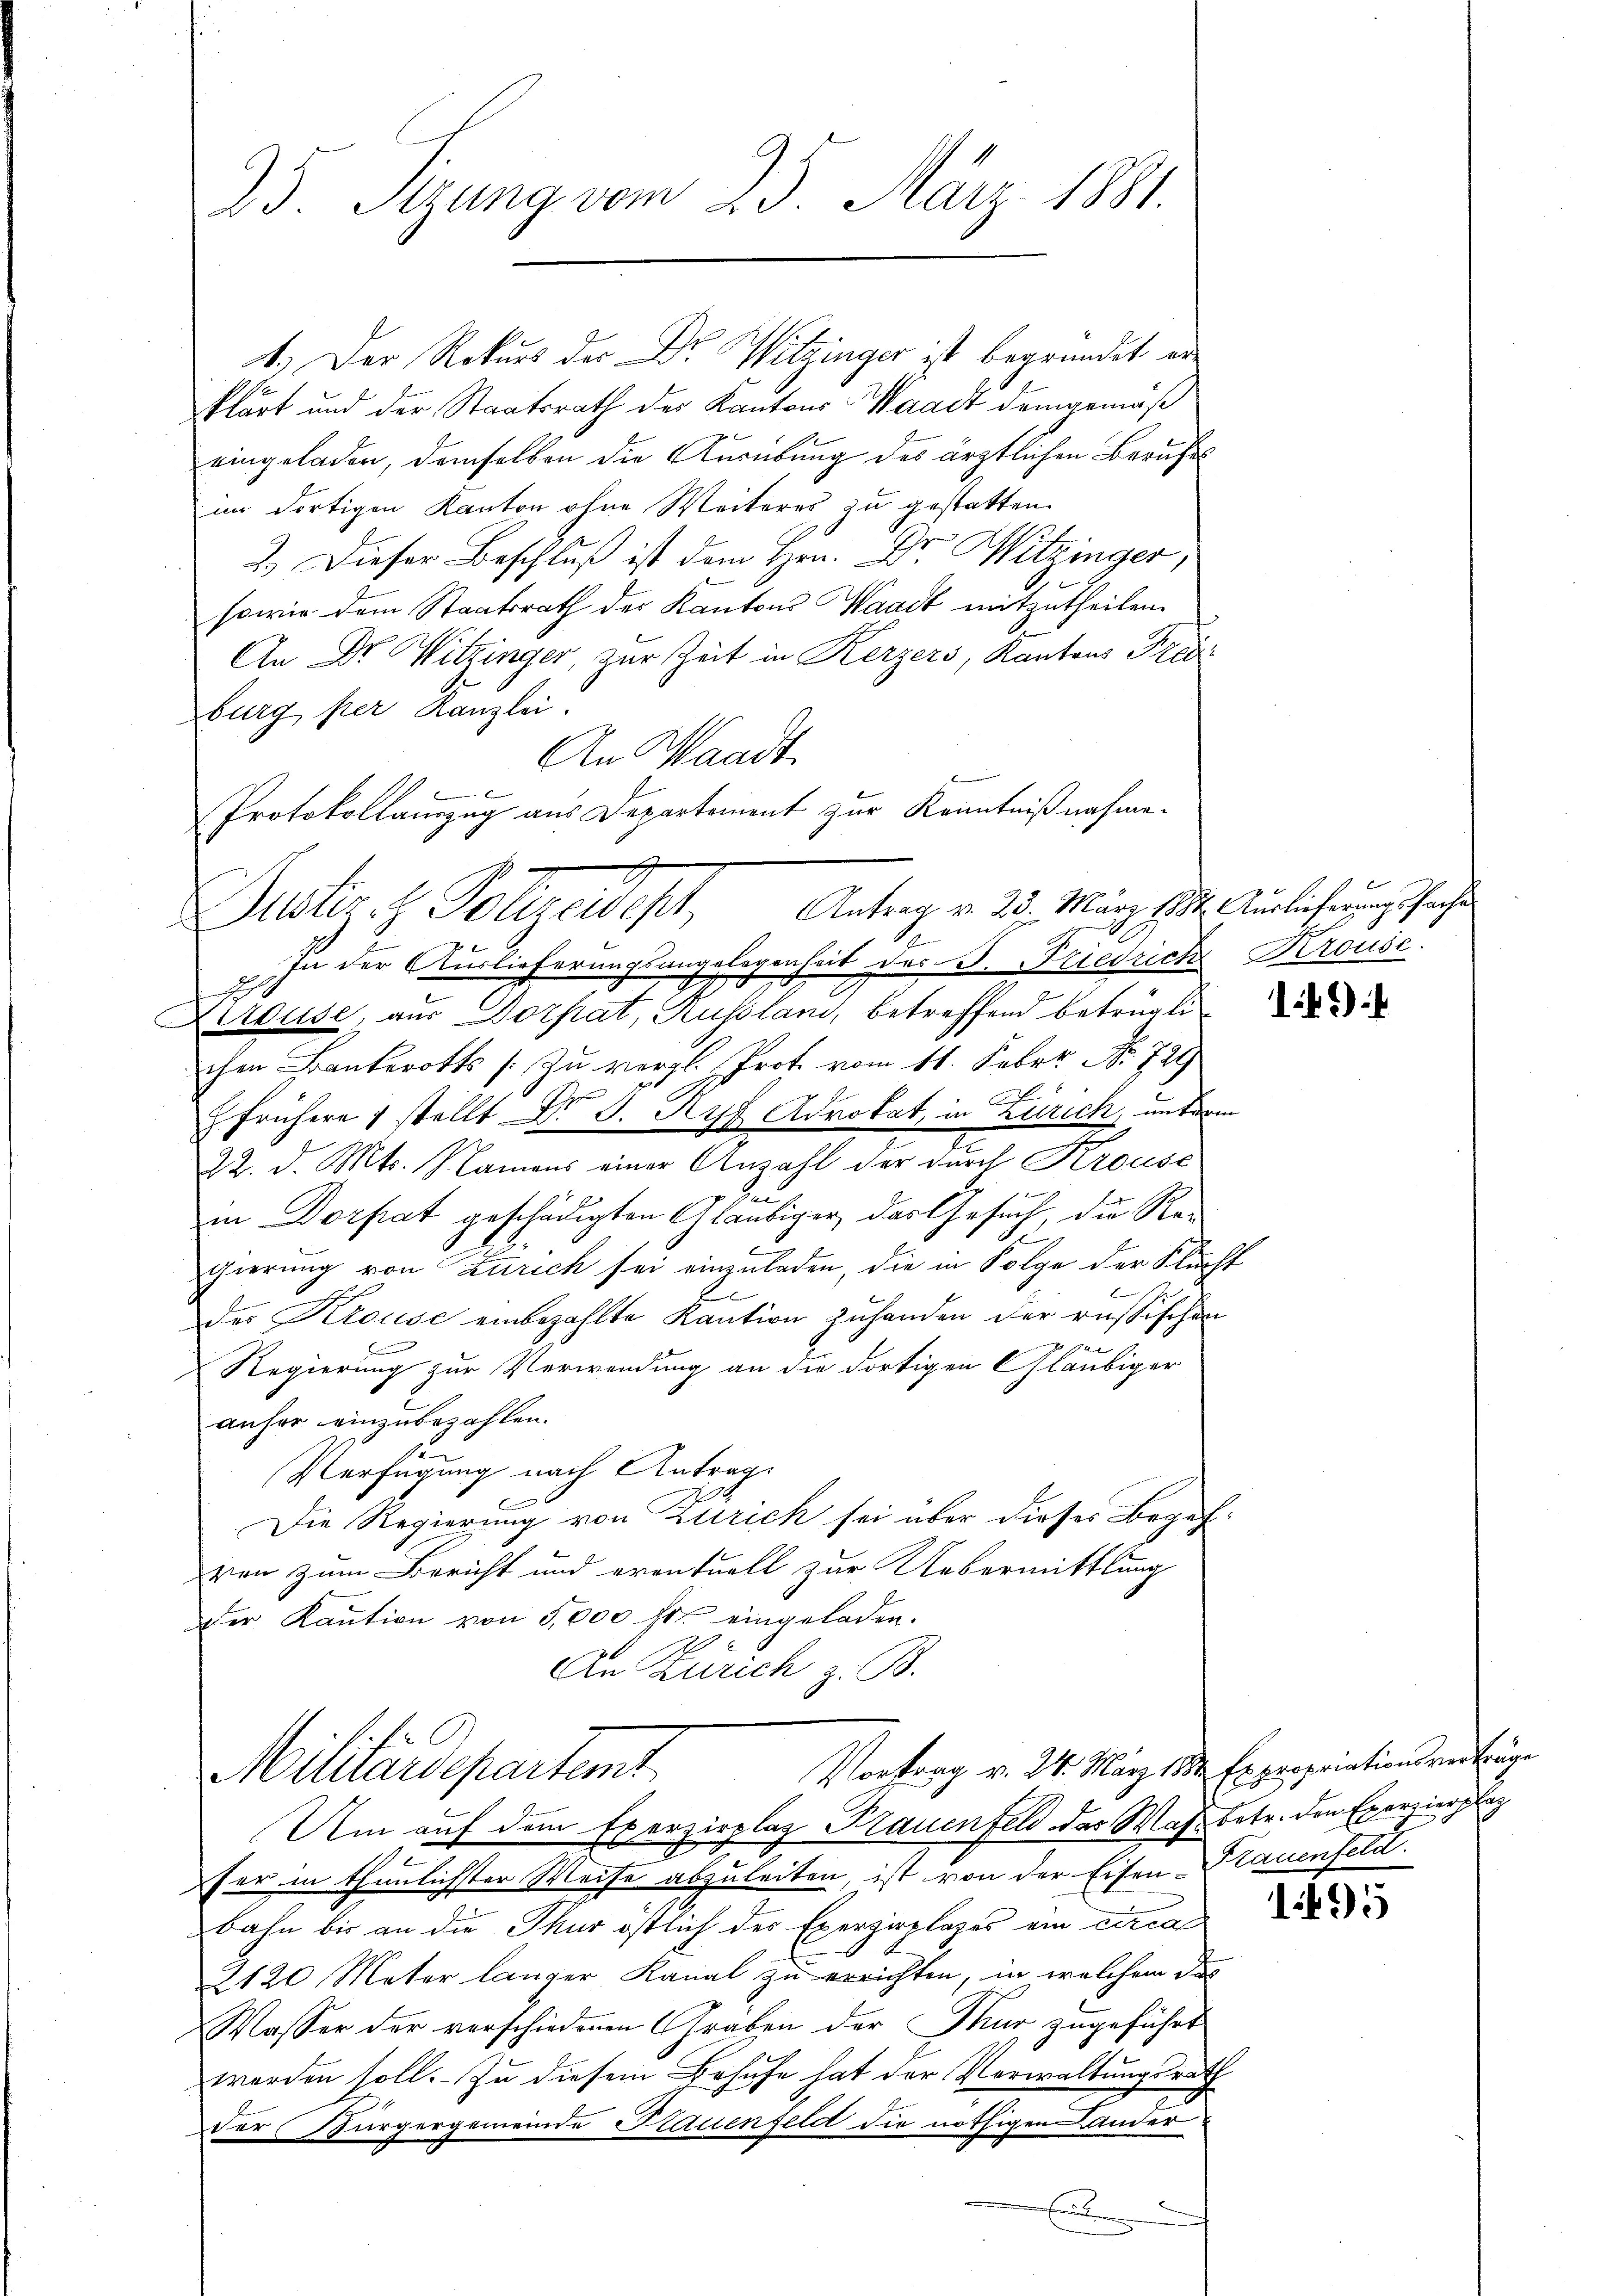
25. Sizung vom 23. März 1881.

1.) Der Rekurs der Dr. Witzinger ist begründet erklärt und der Staatsrath des Kantons Waadt demgemäß
eingeladen, demselben die Ausübung des ärztlichen Berufs
im dortigen Kanton ohne Weiteres zu gestatten.
2.) Dieser Beschluß ist dem Hrn. Dr. Witzinger
sowie dem Staatsrath des Kantons Waadt mitzutheilen.
An Dr. Witzinger, zur Zeit in Kerzers, Kantons Predi
burg, per Kanzlei.
An Waadt,
.
In der Auslieferungsangelegenheit des B. Friedrich
t
Leruse, aus Dorpat, Russland, betreffend betrüglichen Bankerotts /: Zu vergl. Prote vom 11. Feber No. 729
2
 frühere 1 stellt Dr J. Ryf Advokat, in Zürich, unter
22. d. Mts. Namens einer Anzahl der durch Krouse
i
.
in Dorpat geschädigten Gläubiger, das Gesuch, die Reg
gierung von Zürich sei einzuladen, die in Folge der Klugh
b
.
der Krouse einbezahlte Kaution zuhanden der russischen
.

Regierung zur Verwendung an die dortigen Gläubiger
anfer einzubezahlen.
2
Verfügung nach Antrag
E
Die Regierung von Zürich sei über dieses Begehven zum Bericht und eventuell zur Uebermittlung
der Kaution von 5,000 fr. eingeladen.
An Zürich z. B.
Vortrag v. 24. März 1882. Er propriationsverträge
Militärdepartemt
Um auf dem Exerzirplaz Trauenfeld der Mase
fer in thunlichster Weise abzuleiten ist von der Eisen-
bahn bis an die Thur östlich der Exerzirplages ein circa
2120 Meter länger Kanal zu errichten, in welchem das
Wasser der verschiedenen Graben der Thur zugeführt
werden soll. Zu diesem Behufe hat der Verwaltungsrath
Der Bürgergemeinde Trauenfeld die nöthigen ander
E

Protokollauszug aus Departement zur Kenntnißnahme.
Antrag v. 23. März 1882. Auslieferungssache
Puster. H. Folgendest

Krouse.

)

betr. den Exerzierplaz
Frauenfeld.

1495